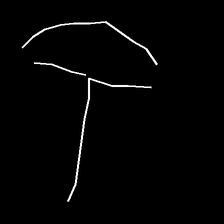
Glyph: dispersion